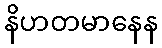
နိဟတမာနေန